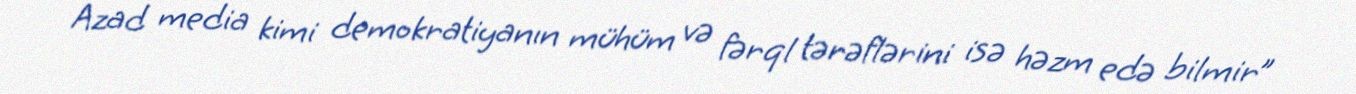
Azad media kimi demokratiyanın mühüm və fərql tərəflərini isə həzm edə bilmir”